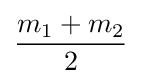
{\frac {m_{1}+m_{2}}{2}}